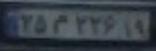
۲۵م۲۲۶۱۹